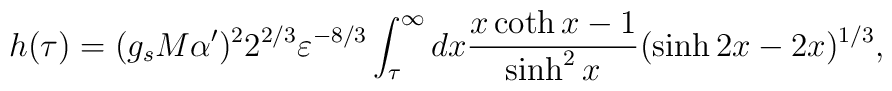
h(\tau) = (g_s M\alpha')^2 2^{2/3} \varepsilon^{-8/3}\int_\tau^\infty d x {x\coth x-1\over \sinh^2 x} (\sinh 2x - 2x)^{1/3},